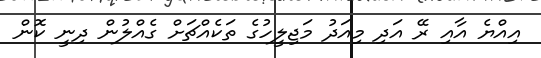
އިއްޔެ އާއި ރޭ އަދި މިއަދު މަޖިލީހުގެ ތަކެއްޗަށް ގެއްލުން ދިނީ ކޮން